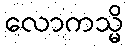
လောကသ္မိ